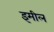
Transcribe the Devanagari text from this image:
इमील